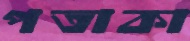
পতাকা